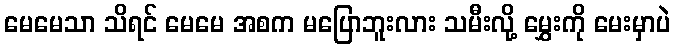
မေမေသာ သိရင် မေမေ အစက မပြောဘူးလား သမီးလို့ မွှေးကို မေးမှာပဲ